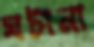
ঘটানা